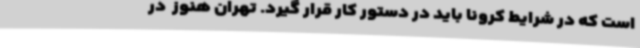
است که در شرایط کرونا باید در دستور کار قرار گیرد. تهران هنوز  در